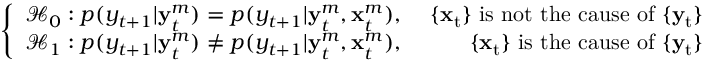
\left\{ \begin{array} { l r } { \mathcal { H } _ { 0 } : p ( y _ { t + 1 } | \mathbf { y } _ { t } ^ { m } ) = p ( y _ { t + 1 } | \mathbf { y } _ { t } ^ { m } , \mathbf { x } _ { t } ^ { m } ) , } & { \mathrm { ~ \{ \mathbf { x } _ t \} ~ i s ~ n o t ~ t h e ~ c a u s e ~ o f ~ \{ \mathbf { y } _ t \} ~ } } \\ { \mathcal { H } _ { 1 } : p ( y _ { t + 1 } | \mathbf { y } _ { t } ^ { m } ) \neq p ( y _ { t + 1 } | \mathbf { y } _ { t } ^ { m } , \mathbf { x } _ { t } ^ { m } ) , } & { \mathrm { ~ \{ \mathbf { x } _ t \} ~ i s ~ t h e ~ c a u s e ~ o f ~ \{ \mathbf { y } _ t \} ~ } } \end{array} \right.